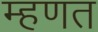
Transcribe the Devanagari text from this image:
म्‍हणत